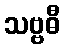
သဗ္ဗဓီ